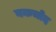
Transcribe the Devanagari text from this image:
बकचोद